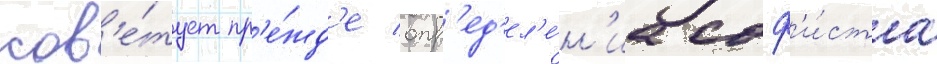
сов'е́тует пр'е́жд'е опр'ед'ел'е́н'иа соф'и́ста